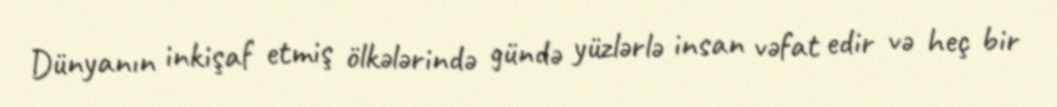
Dünyanın inkişaf etmiş ölkələrində gündə yüzlərlə insan vəfat edir və heç bir